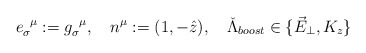
\begin{align*}e_{\sigma}^{\;\;\mu}:=g_{\sigma}^{\;\;\mu}, \quad n^{\mu}:=(1,-\hat{z}),\quad \check{\Lambda}_{boost}\in \{\vec{E}_{\perp},K_z\}\end{align*}